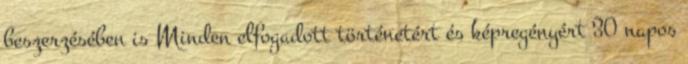
beszerzésében is Minden elfogadott történetért és képregényért 30 napos